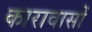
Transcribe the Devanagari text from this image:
कारावासों